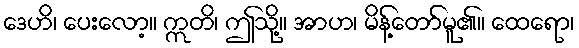
ဒေဟိ၊ ပေးလော့။ ဣတိ၊ ဤသို့။ အာဟ၊ မိန့်တော်မူ၏။ ထေရော၊